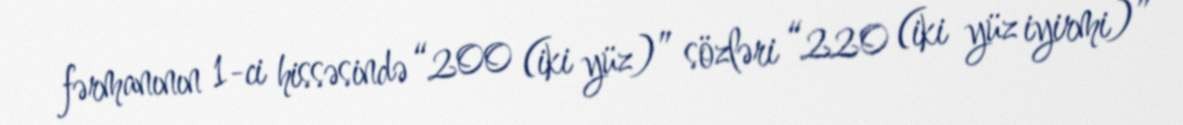
fərmanının 1-ci hissəsində “200 (iki yüz)” sözləri “220 (iki yüz iyirmi)”